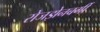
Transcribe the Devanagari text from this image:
रोजझेनबर्गी